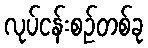
လုပ်ငန်းစဉ်တစ်ခု